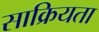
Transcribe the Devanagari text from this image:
साक्रियता